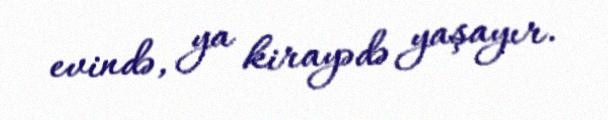
evində, ya kirayədə yaşayır.